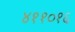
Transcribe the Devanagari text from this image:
४११०१६